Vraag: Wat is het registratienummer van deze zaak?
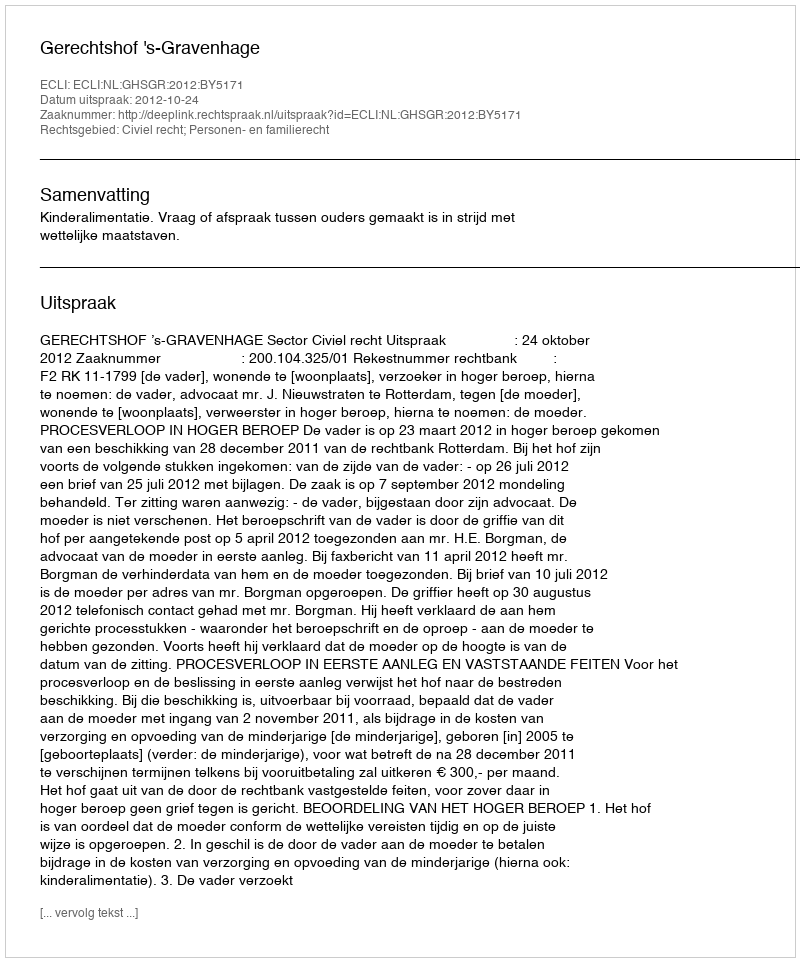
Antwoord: http://deeplink.rechtspraak.nl/uitspraak?id=ECLI:NL:GHSGR:2012:BY5171